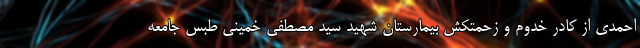
احمدی از کادر خدوم و زحمتکش بیمارستان شهید سید مصطفی خمینی طبس جامعه